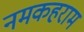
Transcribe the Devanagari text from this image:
नमकहराम